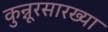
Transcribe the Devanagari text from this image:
कुन्नूरसारख्या